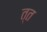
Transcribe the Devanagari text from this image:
त्त